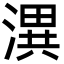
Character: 潩